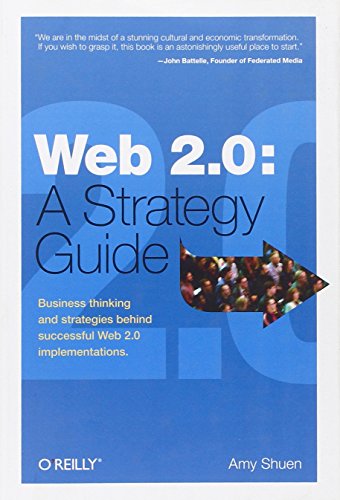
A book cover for Web 2.0: A Strategy Guide: Business thinking and strategies behind successful Web 2.0 implementations; Amy Shuen; Computers & Technology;